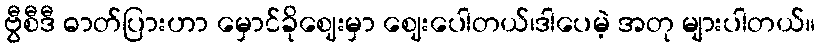
ဗွီစီဒီ ဓာတ်ပြားဟာ မှောင်ခိုဈေးမှာ ဈေးပေါတယ်၊ဒါပေမဲ့ အတု များပါတယ်။